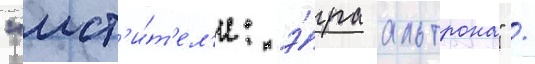
"мст'и́т'ел'и: э́ра альтрона" /